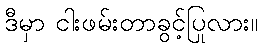
ဒီမှာ ငါးဖမ်းတာခွင့်ပြုလား။